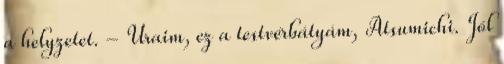
a helyzetet. - Uraim, ez a testvérbátyám, Atsumichi. Jól